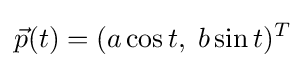
{\vec {p}}(t)=(a\cos t,\;b\sin t)^{T}